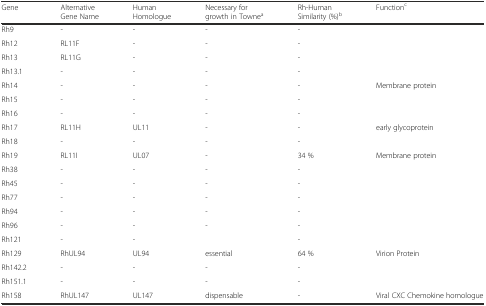
| Gene | Alternative Gene Name | Human Homologue | Necessary for growth in Townea | Rh-Human Similarity (%)b | Functionc |
 | --- | --- | --- | --- | --- | --- |
 | Rh9 | - | - | - | - |  |
 | Rh12 | RL11F | - | - | - |  |
 | Rh13 | RL11G | - | - | - |  |
 | Rh13.1 | - | - | - | - |  |
 | Rh14 | - | - | - | - | Membrane protein |
 | Rh15 | - | - | - | - |  |
 | Rh16 | - | - | - | - |  |
 | Rh17 | RL11H | UL11 | - | - | early glycoprotein |
 | Rh18 | - | - | - | - |  |
 | Rh19 | RL11I | UL07 | - | 34 % | Membrane protein |
 | Rh38 | - | - | - | - |  |
 | Rh45 | - | - | - | - |  |
 | Rh77 | - | - | - | - |  |
 | Rh94 | - | - | - | - |  |
 | Rh96 | - | - | - | - |  |
 | Rh121 | - | - |  | - |  |
 | Rh129 | RhUL94 | UL94 | essential | 64 % | Virion Protein |
 | Rh142.2 | - | - | - | - |  |
 | Rh151.1 | - | - | - | - |  |
 | Rh158 | RhUL147 | UL147 | dispensable | - | Viral CXC Chemokine homologue |